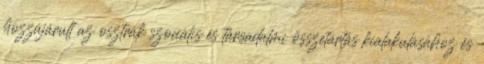
hozzájárult az osztrák szociális és társadalmi összetartás kialakulásához és